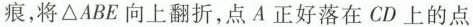
痕，将\triangle ABE向上翻折，点A正好落在CD上的点